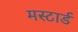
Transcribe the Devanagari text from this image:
मस्टार्ड